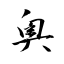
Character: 奧